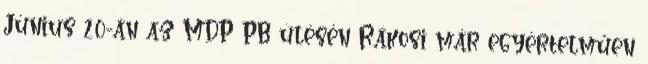
Június 20-án az MDP PB ülésén Rákosi már egyértelműen